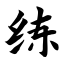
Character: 练